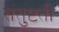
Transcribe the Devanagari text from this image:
संतुष्टती